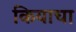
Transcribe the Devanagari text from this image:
कियाचा